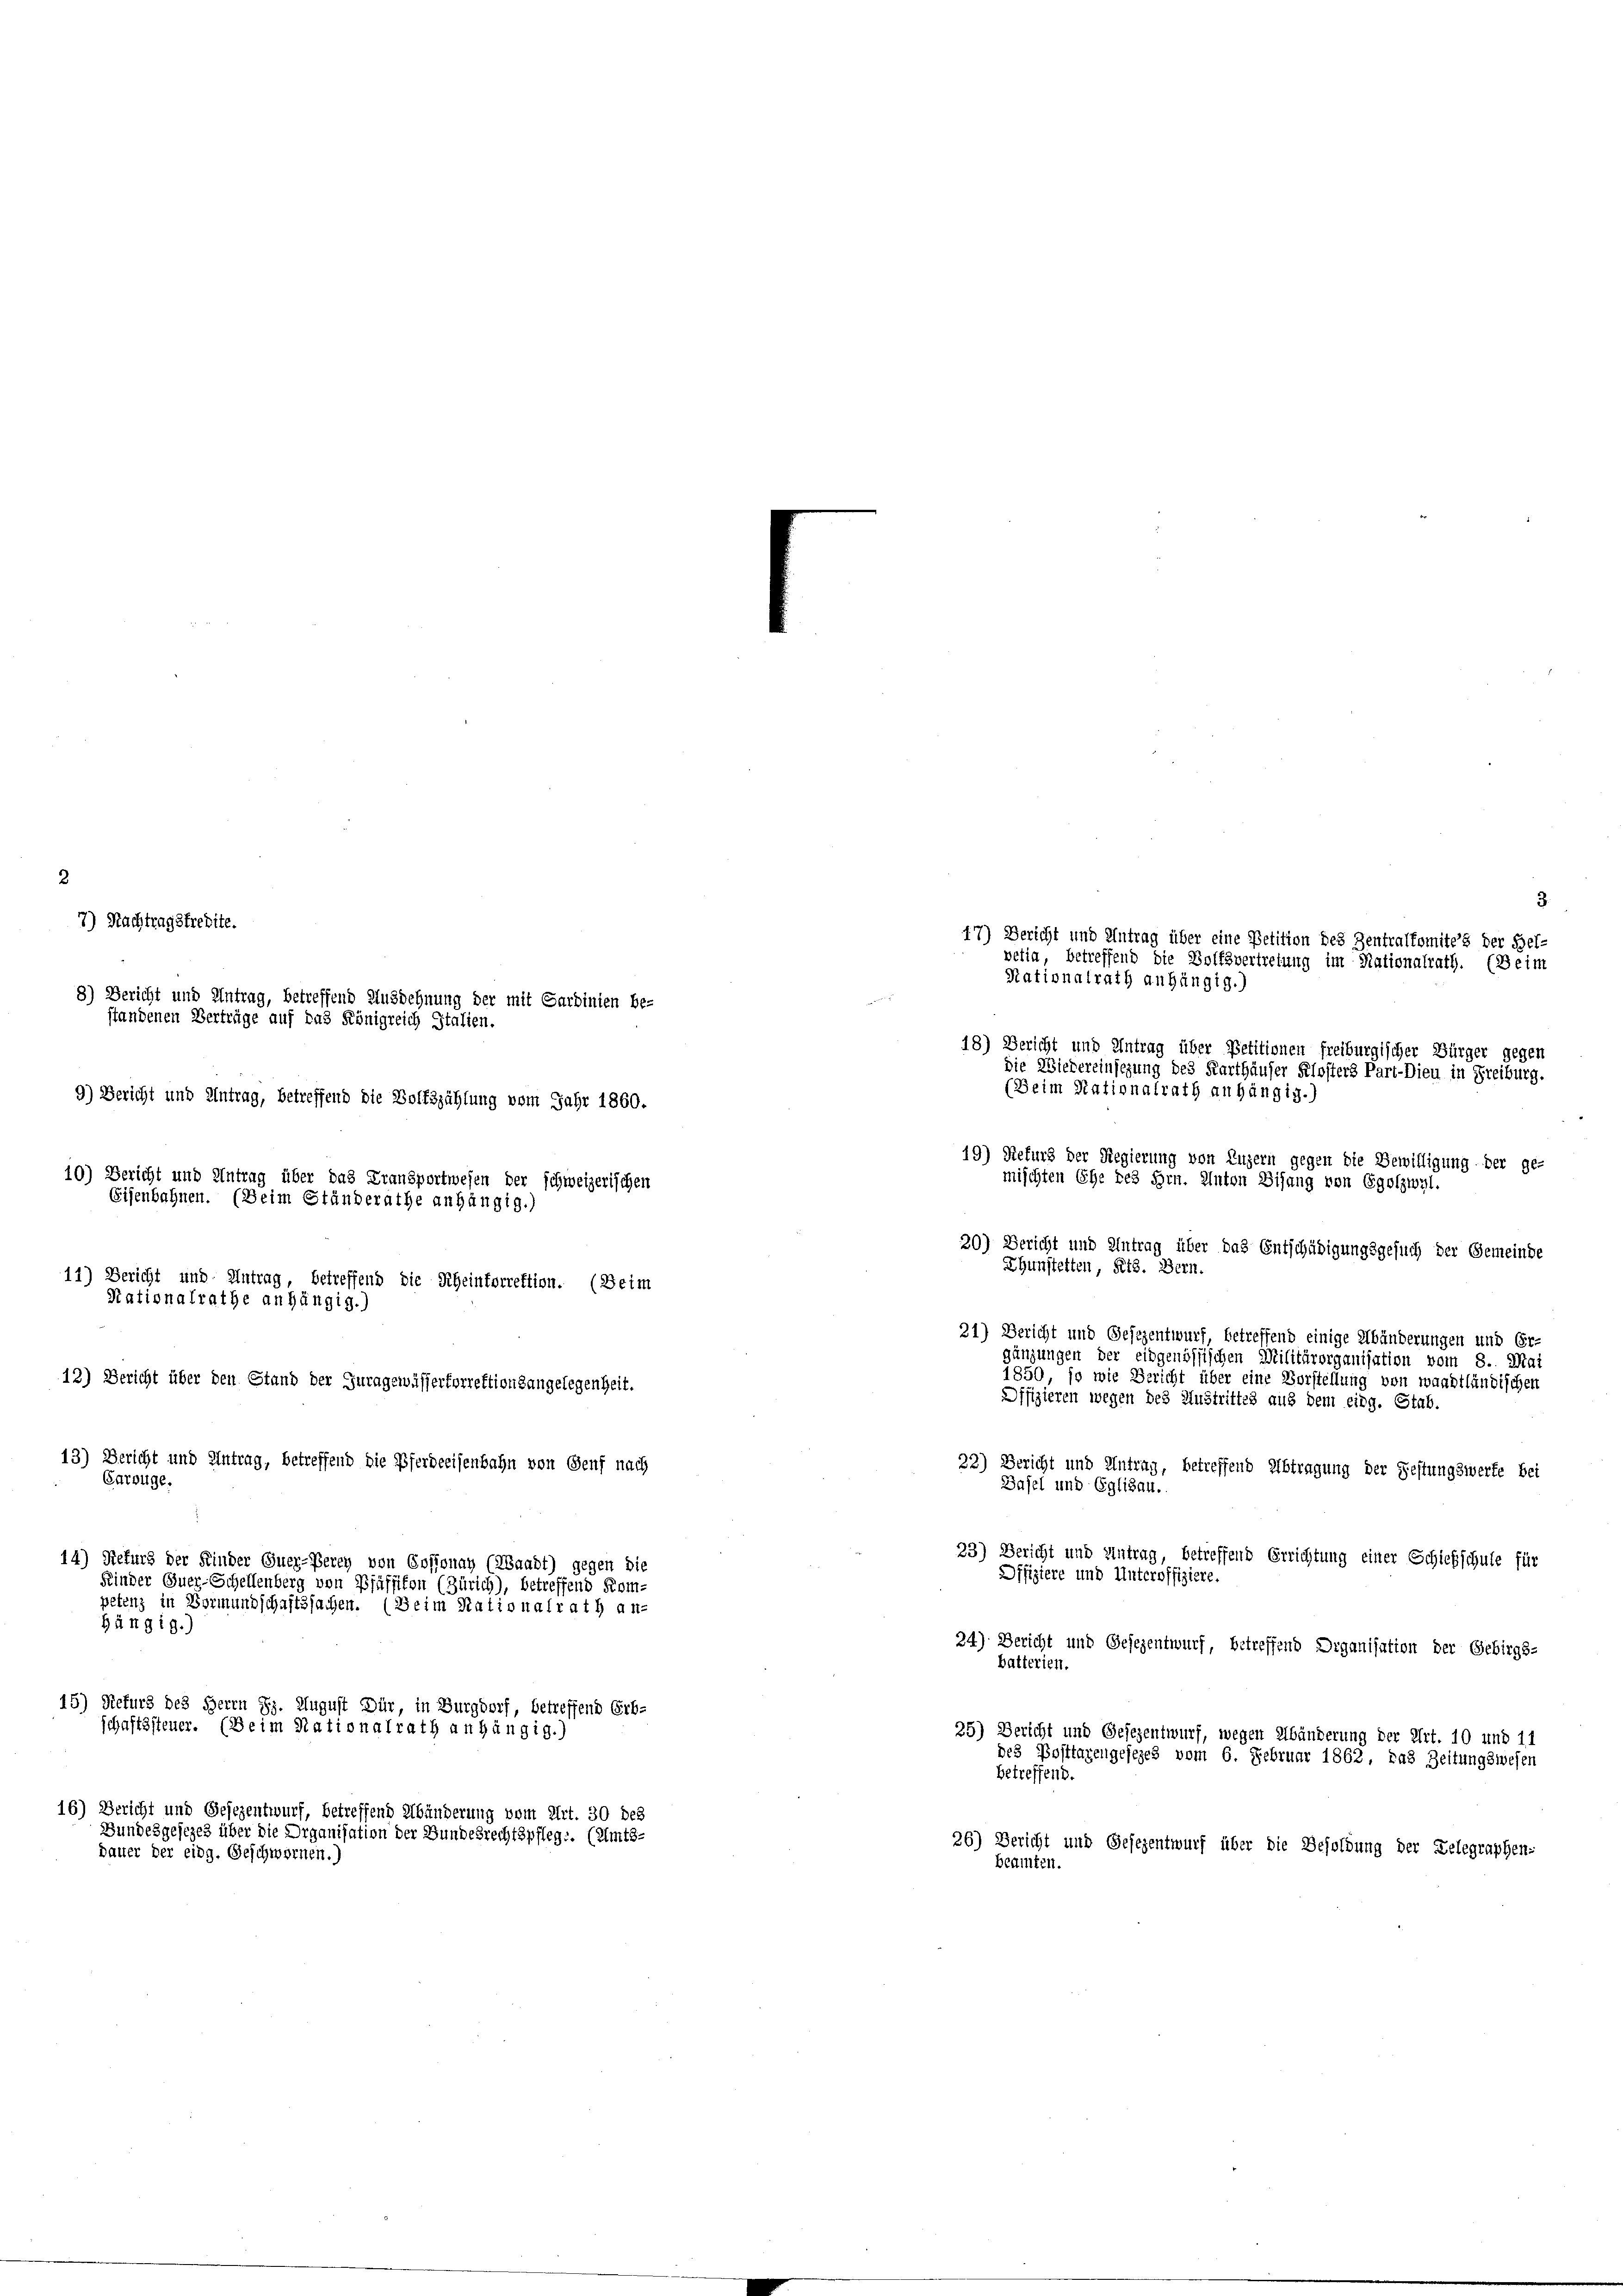
2
7) Nachtragsfredite.
8) Bericht und Antrag, betreffend Ausdehnung der mit Sardinien be-
standenen Verträge auf das Königreich Italien.
9) Bericht und Antrag, betreffend die Wolfszählung vom Jahr 1860.
10) Bericht und Antrag über das Transportwesen der schweizerischen
11) Bericht und Antrag, betreffend die Rheinforrektion. (Weim
12) Bericht über den Stand der Juragewässerforrektionsangelegenheit.
13) Bericht und Antrag, betreffend die Pferdeeisenbahn von Genf nach
Carrüge.
14) Refurg der Kinder Quer-Berey von Cossonay (Waadt) gegen die
Kinder Quer-Schellenberg von Pfäffikon (Zürich), betreffend Kom-
petenz in Vormundschaftssachen. (Beim Nationalrath an-
hängig.)
15) Refurs des Herrn Hs. August Dür, in Burgdorf, betreffend Erb-
schaftssteuer. (Beim Rationalrath anhängig.)

16) Bericht und Gesezentwurf, betreffend Abänderung vom Art. 30 des
Bundesgesezes über die Organisation der Bundesrechtspflege. (Amts-
dauer der eidg. Geschwornen.)

die Wiedereinsezung des Karthäuser Klosters Part-Dieu in Freiburg.
(Beim Nationalrath anhängig.)
19) Refurs der Regierung von Luzern gegen die Bewilligung der ge-
mischten Ehe des Hrn. Anton Sisung von Egolzwal-
20) Bericht und Antrag über das Entschädigungsgesuch der Gemeinde
Ehunstetten, Kts. Bern.
21) Bericht und Gesezentwurf, betreffend einige Abänderungen und Er-
gänzungen der eidgenössischen Militärorganisation vom 8. Mai
1850, so wie Bericht über eine Vorstellung von waadtländischen
Offizieren wegen des Austrittes aus dem eidg. Stab.
33) Bericht und Antrag, betreffend Abtragung der Festungswerte bei
Basel und Eglisau.
23) Bericht und Antrag, betreffend Errichtung einer Schickschule für
Difiziere und Unteroffiziere.
24) Bericht und Gesezentwurf, betreffend Drganisation der Gebirgs-
batterien.
25) Bericht
ind Gesezentwurf, weg
Ubär
rung der
rt. 10 und 11
des Posttagengesezes vom 6. Februar 1862, Das Zeitungswesen
betreffend.
26) Bericht und Gesezentwurf über die Besoldung der Delegraphen-
beninten.

17) Bericht und Antrag über eine Petition des Zentralkomites der Hel-
vetia, betreffend die Wolfsvertretung im Nationalrath. (Beim
Rationalrath anhängig.)
48) Bericht und Antrag über Petitionen freiburgischer Bürger gegen

3.